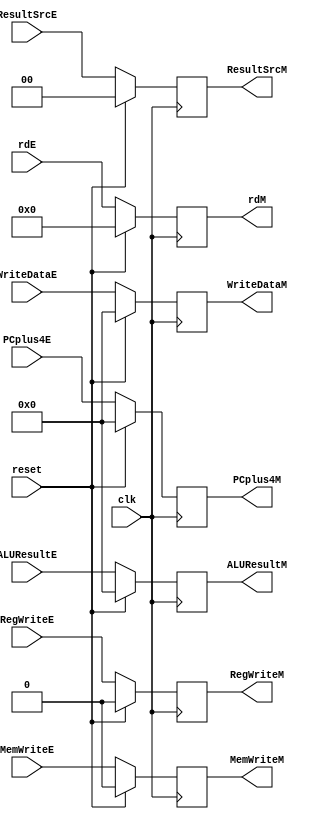
module M_pipe(clk, reset, RegWriteM,MemWriteM, ResultSrcM, rdM, PCplus4M, RegWriteE, MemWriteE, ResultSrcE, rdE, PCplus4E, ALUResultE, WriteDataE, ALUResultM, WriteDataM);
input clk, reset, RegWriteE,MemWriteE; 
input [1:0] ResultSrcE;
input [4:0] rdE;
input [31:0] PCplus4E, ALUResultE, WriteDataE;
output reg RegWriteM,MemWriteM;   
output reg [1:0] ResultSrcM;
output reg [4:0] rdM;
output reg [31:0] PCplus4M, ALUResultM, WriteDataM;

always @ (posedge clk)
begin
if (reset)
begin
PCplus4M   <= 0;
rdM        <= 0;
ResultSrcM <= 0;
RegWriteM  <= 0;
MemWriteM  <= 0;
ALUResultM <= 0;
WriteDataM <= 0;
end

else
begin 
PCplus4M   <= PCplus4E;
rdM        <= rdE;
ResultSrcM <= ResultSrcE;
RegWriteM  <= RegWriteE;
MemWriteM  <= MemWriteE;
ALUResultM <= ALUResultE;
WriteDataM <= WriteDataE;
end

end

endmodule